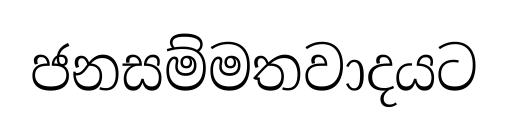
ජනසම්මතවාදයට